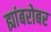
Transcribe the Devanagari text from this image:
ह्यांबरोबर